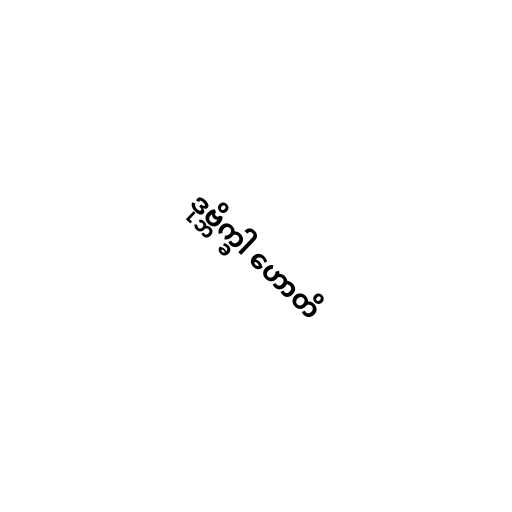
ဒုဗ္ဘိက္ခါ ဟောတိ